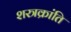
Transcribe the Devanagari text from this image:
शस्त्रक्रांति